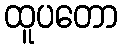
ထူပတော